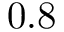
0 . 8